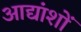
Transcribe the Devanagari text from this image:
आद्यांशों